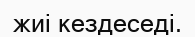
жиі кездеседі.